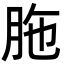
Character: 胣